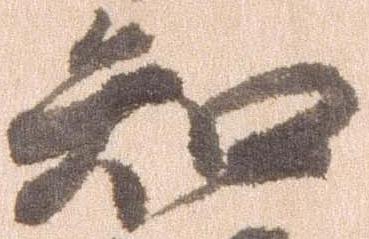
知